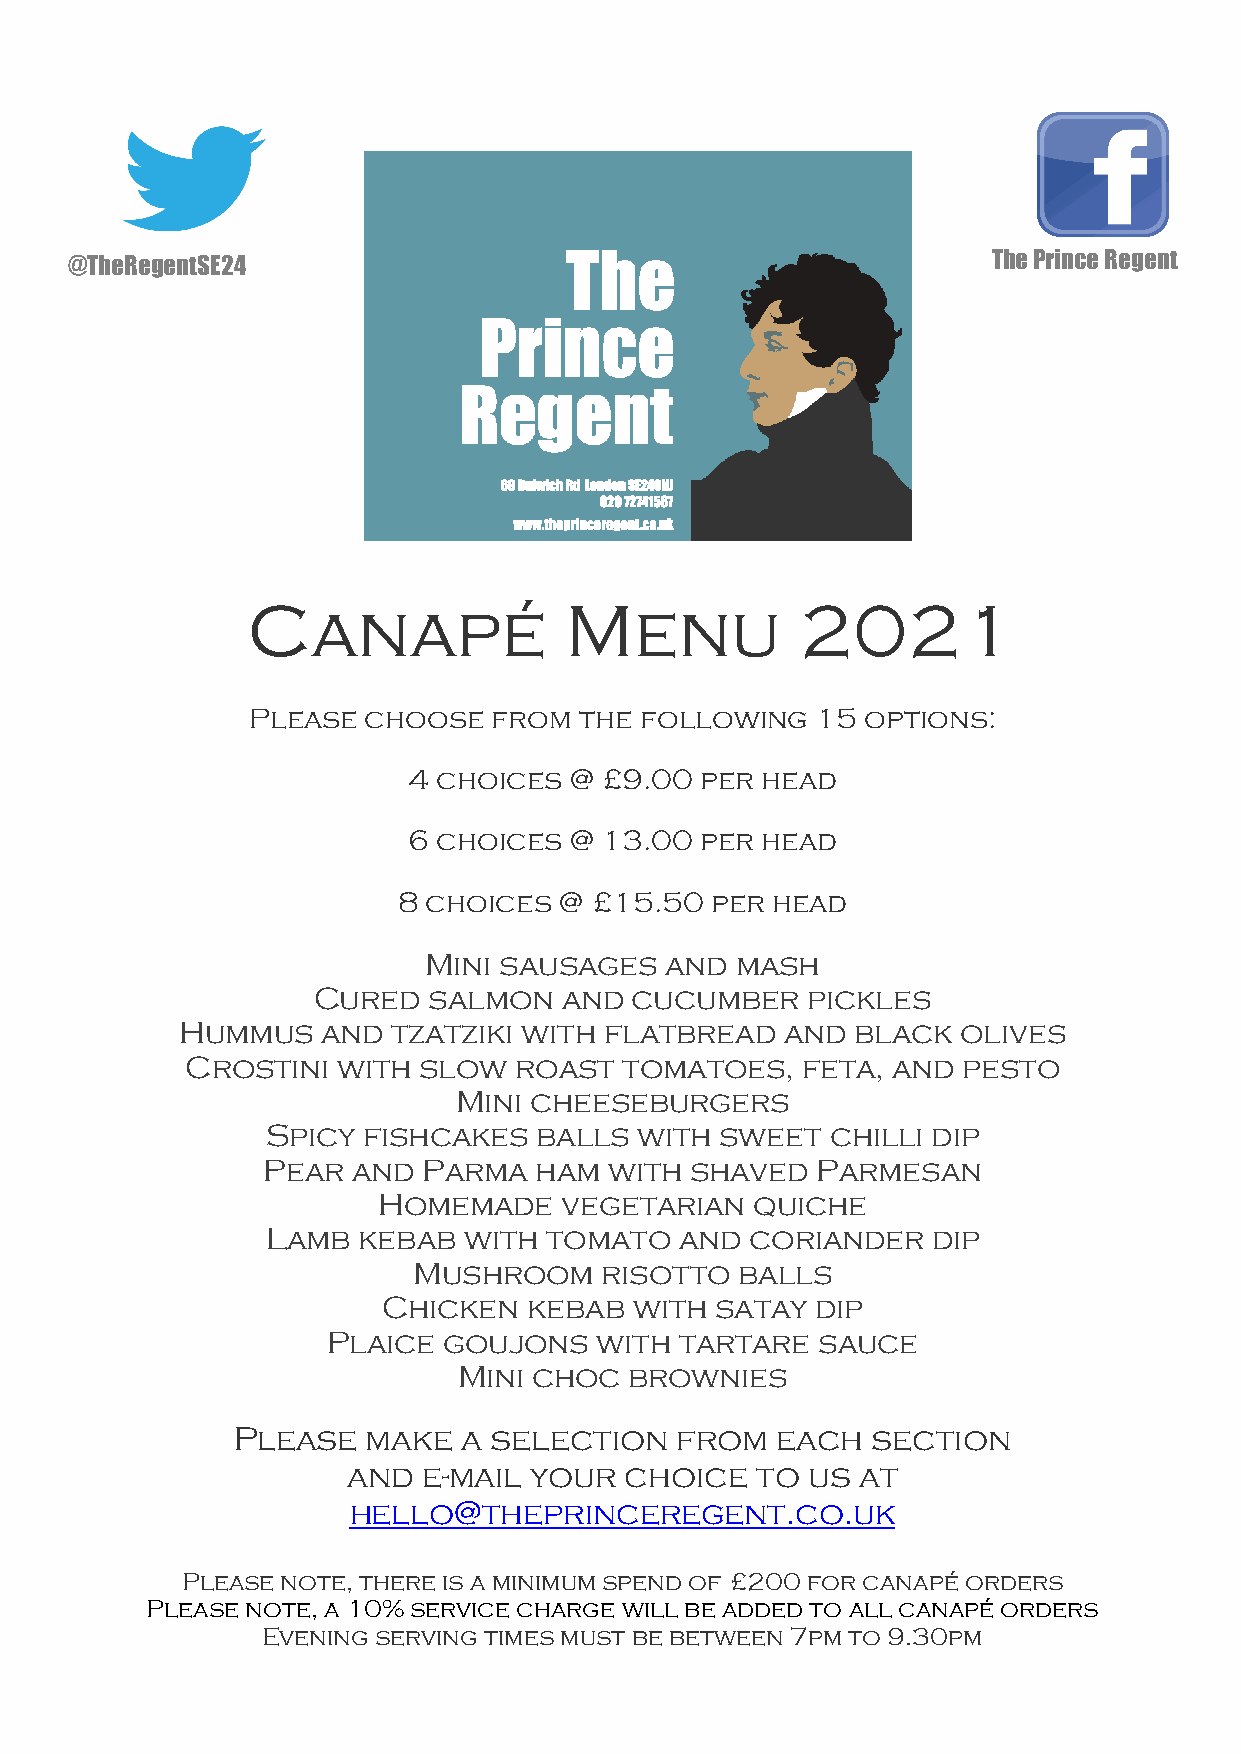
The Prince Regent
 @TheRegentSE24
 Canapé               Menu            2021
 Please  choose   from the following   15 options:
 4 choices  @ £9.00 per head
 6 choices  @ 13.00 per head
 8 choices  @ £15.50  per head
 Mini sausages   and  mash
 Cured  salmon   and  cucumber   pickles
 Hummus   and  tzatziki with flatbread   and  black  olives
 Crostini  with  slow  roast  tomatoes,   feta, and  pesto
 Mini cheeseburgers
 Spicy fishcakes  balls  with  sweet  chilli dip
 Pear  and  Parma  ham  with  shaved  Parmesan
 Homemade    vegetarian   quiche
 Lamb  kebab  with tomato   and  coriander   dip
 Mushroom     risotto  balls
 Chicken   kebab  with satay  dip
 Plaice goujons   with  tartare  sauce
 Mini choc   brownies
 Please   make   a selection   from  each   section
 and  e-mail your  choice   to us  at
 hello@theprinceregent.co.uk
 Please note, there is a minimum spend of £200 for canapé orders
 Please note, a 10% service charge will be added to all canapé orders
 Evening serving times must be between 7pm to 9.30pm